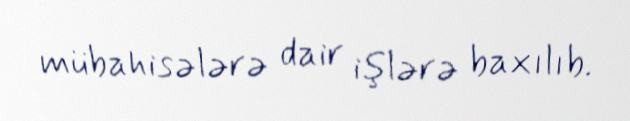
mübahisələrə dair işlərə baxılıb.